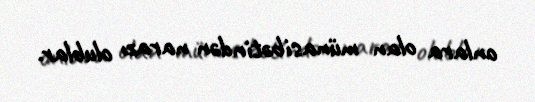
onlara olan münasibətindən narazı olublar.